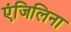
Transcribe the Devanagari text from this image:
एंजिलिना